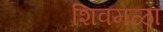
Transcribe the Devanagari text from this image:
शिवमळा